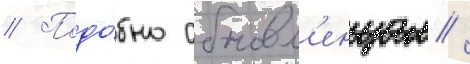
// Подо́бно обновл'енцам /